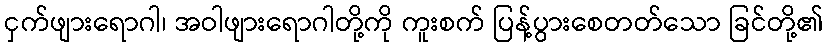
ငှက်ဖျားရောဂါ၊ အဝါဖျားရောဂါတို့ကို ကူးစက် ပြန့်ပွားစေတတ်သော ခြင်တို့၏